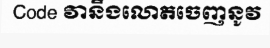
Code វានឹងលោតចេញនូវ